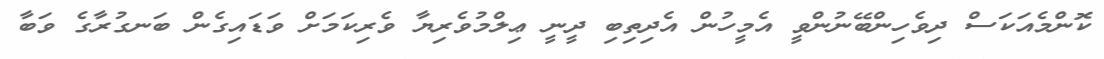
ކޮންމެއަކަސް ދިވެހިންބޭނުންވީ އެމީހުން އެދިތިބި ދީނީ ޢިލްމުވެރިޔާ ވެރިކަމަށް ވަޑައިގެން ބަނގުރާގެ ވަބާ